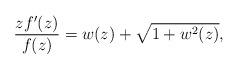
LaTeX: \begin{align*}\frac{zf^{\prime}(z)}{f(z)}=w(z) +\sqrt{1 +w^2(z)}, \end{align*}